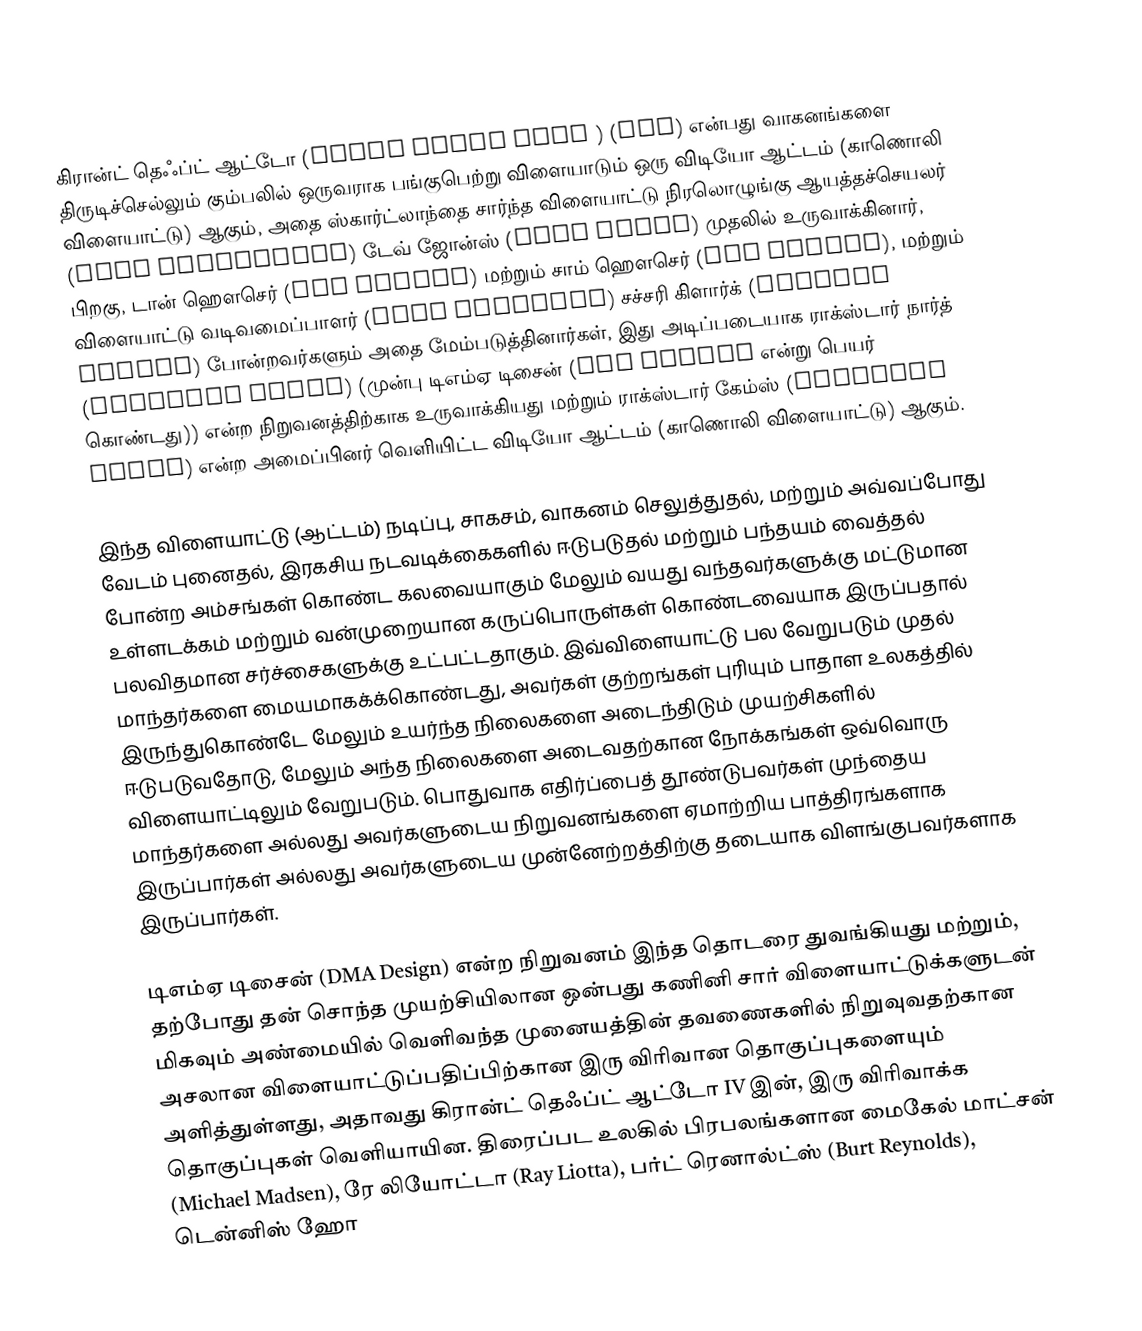
கிரான்ட் தெஃப்ட் ஆட்டோ (Grand Theft Auto ) (GTA)  என்பது வாகனங்களை திருடிச்செல்லும் கும்பலில் ஒருவராக பங்குபெற்று விளையாடும் ஒரு விடியோ ஆட்டம் (காணொலி விளையாட்டு) ஆகும், அதை ஸ்கார்ட்லாந்தை சார்ந்த விளையாட்டு நிரலொழுங்கு ஆயத்தச்செயலர் (game programmer) டேவ் ஜோன்ஸ் (Dave Jones) முதலில் உருவாக்கினார், பிறகு, டான் ஹௌசெர் (Dan Houser) மற்றும் சாம் ஹௌசெர் (Sam Houser), மற்றும் விளையாட்டு வடிவமைப்பாளர் (game designer) சச்சரி கிளார்க் (Zachary Clarke) போன்றவர்களும் அதை மேம்படுத்தினார்கள், இது அடிப்படையாக ராக்ஸ்டார் நார்த் (Rockstar North) (முன்பு டிஎம்ஏ டிசைன் (DMA Design என்று பெயர் கொண்டது)) என்ற நிறுவனத்திற்காக உருவாக்கியது மற்றும் ராக்ஸ்டார் கேம்ஸ் (Rockstar Games) என்ற அமைப்பினர் வெளியிட்ட விடியோ ஆட்டம் (காணொலி விளையாட்டு) ஆகும்.

இந்த விளையாட்டு (ஆட்டம்) நடிப்பு, சாகசம், வாகனம் செலுத்துதல், மற்றும் அவ்வப்போது வேடம் புனைதல், இரகசிய நடவடிக்கைகளில் ஈடுபடுதல் மற்றும் பந்தயம் வைத்தல் போன்ற அம்சங்கள் கொண்ட கலவையாகும் மேலும் வயது வந்தவர்களுக்கு மட்டுமான உள்ளடக்கம் மற்றும் வன்முறையான கருப்பொருள்கள் கொண்டவையாக இருப்பதால் பலவிதமான சர்ச்சைகளுக்கு உட்பட்டதாகும். இவ்விளையாட்டு பல வேறுபடும் முதல் மாந்தர்களை மையமாகக்க்கொண்டது, அவர்கள் குற்றங்கள் புரியும் பாதாள உலகத்தில் இருந்துகொண்டே மேலும் உயர்ந்த நிலைகளை அடைந்திடும் முயற்சிகளில் ஈடுபடுவதோடு, மேலும் அந்த நிலைகளை அடைவதற்கான நோக்கங்கள் ஒவ்வொரு விளையாட்டிலும் வேறுபடும். பொதுவாக எதிர்ப்பைத் தூண்டுபவர்கள் முந்தைய மாந்தர்களை அல்லது அவர்களுடைய நிறுவனங்களை ஏமாற்றிய பாத்திரங்களாக இருப்பார்கள் அல்லது அவர்களுடைய முன்னேற்றத்திற்கு தடையாக விளங்குபவர்களாக இருப்பார்கள்.

டிஎம்ஏ டிசைன் (DMA Design) என்ற நிறுவனம் இந்த தொடரை  துவங்கியது மற்றும், தற்போது தன் சொந்த முயற்சியிலான ஒன்பது கணினி சார் விளையாட்டுக்களுடன் மிகவும் அண்மையில் வெளிவந்த முனையத்தின் தவணைகளில் நிறுவுவதற்கான அசலான விளையாட்டுப்பதிப்பிற்கான இரு விரிவான தொகுப்புகளையும் அளித்துள்ளது, அதாவது கிரான்ட் தெஃப்ட் ஆட்டோ IV இன், இரு விரிவாக்க தொகுப்புகள் வெளியாயின. திரைப்பட உலகில் பிரபலங்களான மைகேல் மாட்சன் (Michael Madsen), ரே லியோட்டா (Ray Liotta), பர்ட் ரெனால்ட்ஸ் (Burt Reynolds), டென்னிஸ் ஹோ